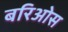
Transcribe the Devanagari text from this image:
बरिओस